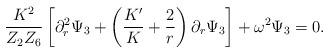
LaTeX: \begin{align*}{K^2 \over Z_2 Z_6} \left[ \partial_r^2 \Psi_3 + \left( {K' \over K}+ {2 \over r} \right) \partial_r \Psi_3 \right] + \omega^2 \Psi_3=0. \end{align*}